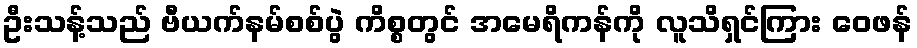
ဦးသန့်သည် ဗီယက်နမ်စစ်ပွဲ ကိစ္စတွင် အမေရိကန်ကို လူသိရှင်ကြား ဝေဖန်